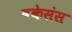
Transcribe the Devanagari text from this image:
वकेसंस